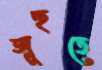
জুহুতে